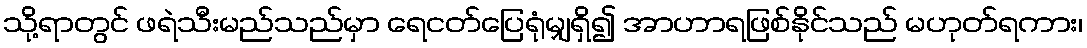
သို့ရာတွင် ဖရဲသီးမည်သည်မှာ ရေငတ်ပြေရုံမျှရှိ၍ အာဟာရဖြစ်နိုင်သည် မဟုတ်ရကား၊